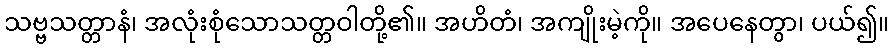
သဗ္ဗသတ္တာနံ၊ အလုံးစုံသောသတ္တဝါတို့၏။ အဟိတံ၊ အကျိုးမဲ့ကို။ အပေနေတွာ၊ ပယ်၍။